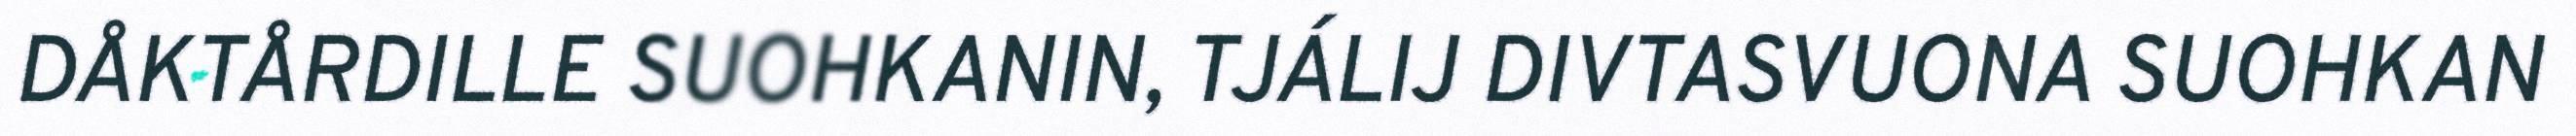
DÅKTÅRDILLE SUOHKANIN, TJÁLIJ DIVTASVUONA SUOHKAN